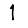
Digit: 1